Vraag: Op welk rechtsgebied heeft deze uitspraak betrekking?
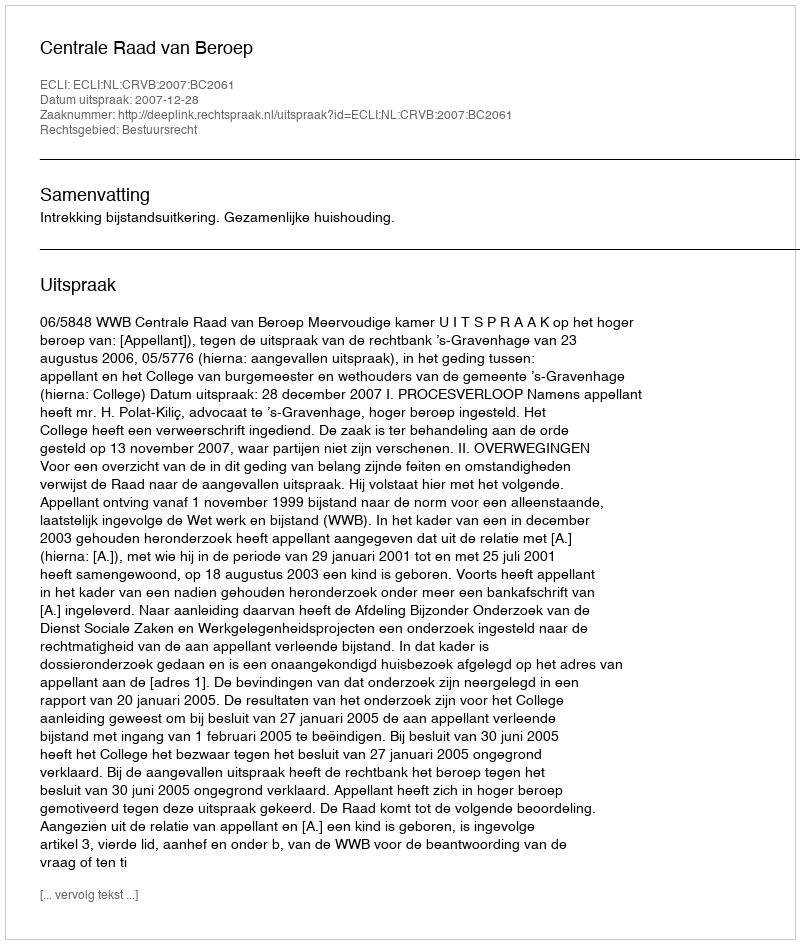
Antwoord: Bestuursrecht